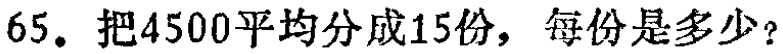
65. 把$4500$平均分成$15$份，每份是多少？